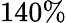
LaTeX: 140\%